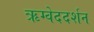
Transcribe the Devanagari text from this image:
ऋग्वेददर्शन